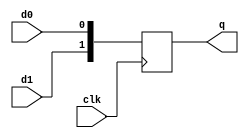
module dff2_1 (q,clk,d0,d1);
input clk,d0,d1;
output [1:0] q;
reg [1:0] q;
  always @(posedge clk)
	  q <= {d1,d0};
endmodule